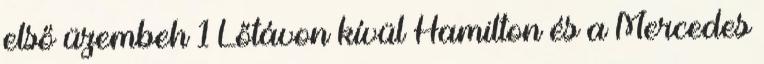
első üzembeh 1 Lőtávon kívül Hamilton és a Mercedes